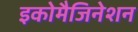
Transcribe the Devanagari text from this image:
इकोमैजिनेशन